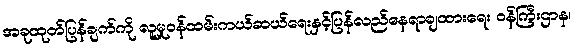
အခုထုတ်ပြန်ချက်ကို လူမှုဝန်ထမ်းကယ်ဆယ်ရေးနှင့်ပြန်လည်နေရာချထားရေး ဝန်ကြီးဌာန၊